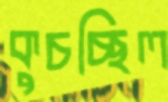
কুচচ্ছিল